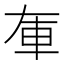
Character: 𨊦